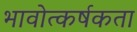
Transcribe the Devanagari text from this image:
भावोत्कर्षकता